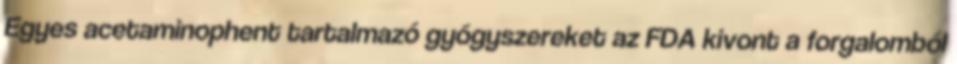
Egyes acetaminophent tartalmazó gyógyszereket az FDA kivont a forgalomból